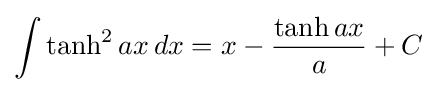
\int \tanh ^{2}ax\,dx=x-{\frac {\tanh ax}{a}}+C